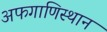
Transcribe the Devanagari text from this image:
अफगाणिस्थान